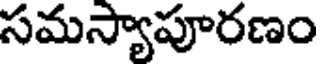
సమస్యాపూరణం